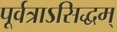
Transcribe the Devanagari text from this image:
पूर्वत्राऽसिद्धम्